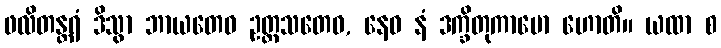
ဖလိတန္တရံ ဒိသွာ ဘာယတေဝ ဥတ္တသတေဝ, နေဝ နံ ဒက္ခိတုကာမော ဟောတိ။ ယထာ စ